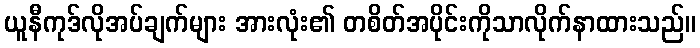
ယူနီကုဒ်လိုအပ်ချက်များ အားလုံး၏ တစိတ်အပိုင်းကိုသာလိုက်နာထားသည်။